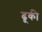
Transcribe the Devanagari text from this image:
ढूकी